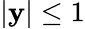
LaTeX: |\mathbf{y}|\le1